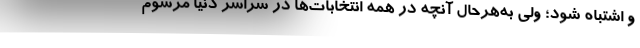
و اشتباه شود؛ ولی به‌هرحال آنچه در همه انتخابات‌ها در سراسر دنیا مرسوم